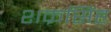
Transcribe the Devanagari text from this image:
शक्रसिंह